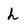
Character: h